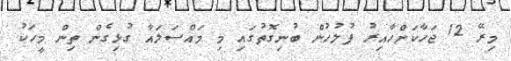
މިރޭ 12 ޖަހާކަށްހާއިރު ފުލުހުން ބުނިގޮތުގައި މި މައްސަލައާ ގުޅިގެން ތިން މީހަކު